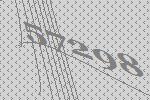
57298